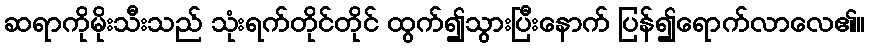
ဆရာကိုမိုးသီးသည် သုံးရက်တိုင်တိုင် ထွက်၍သွားပြီးနောက် ပြန်၍ရောက်လာလေ၏။